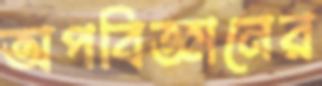
অপবিজ্ঞানের